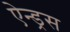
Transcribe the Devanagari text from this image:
ऐन्ड्रस